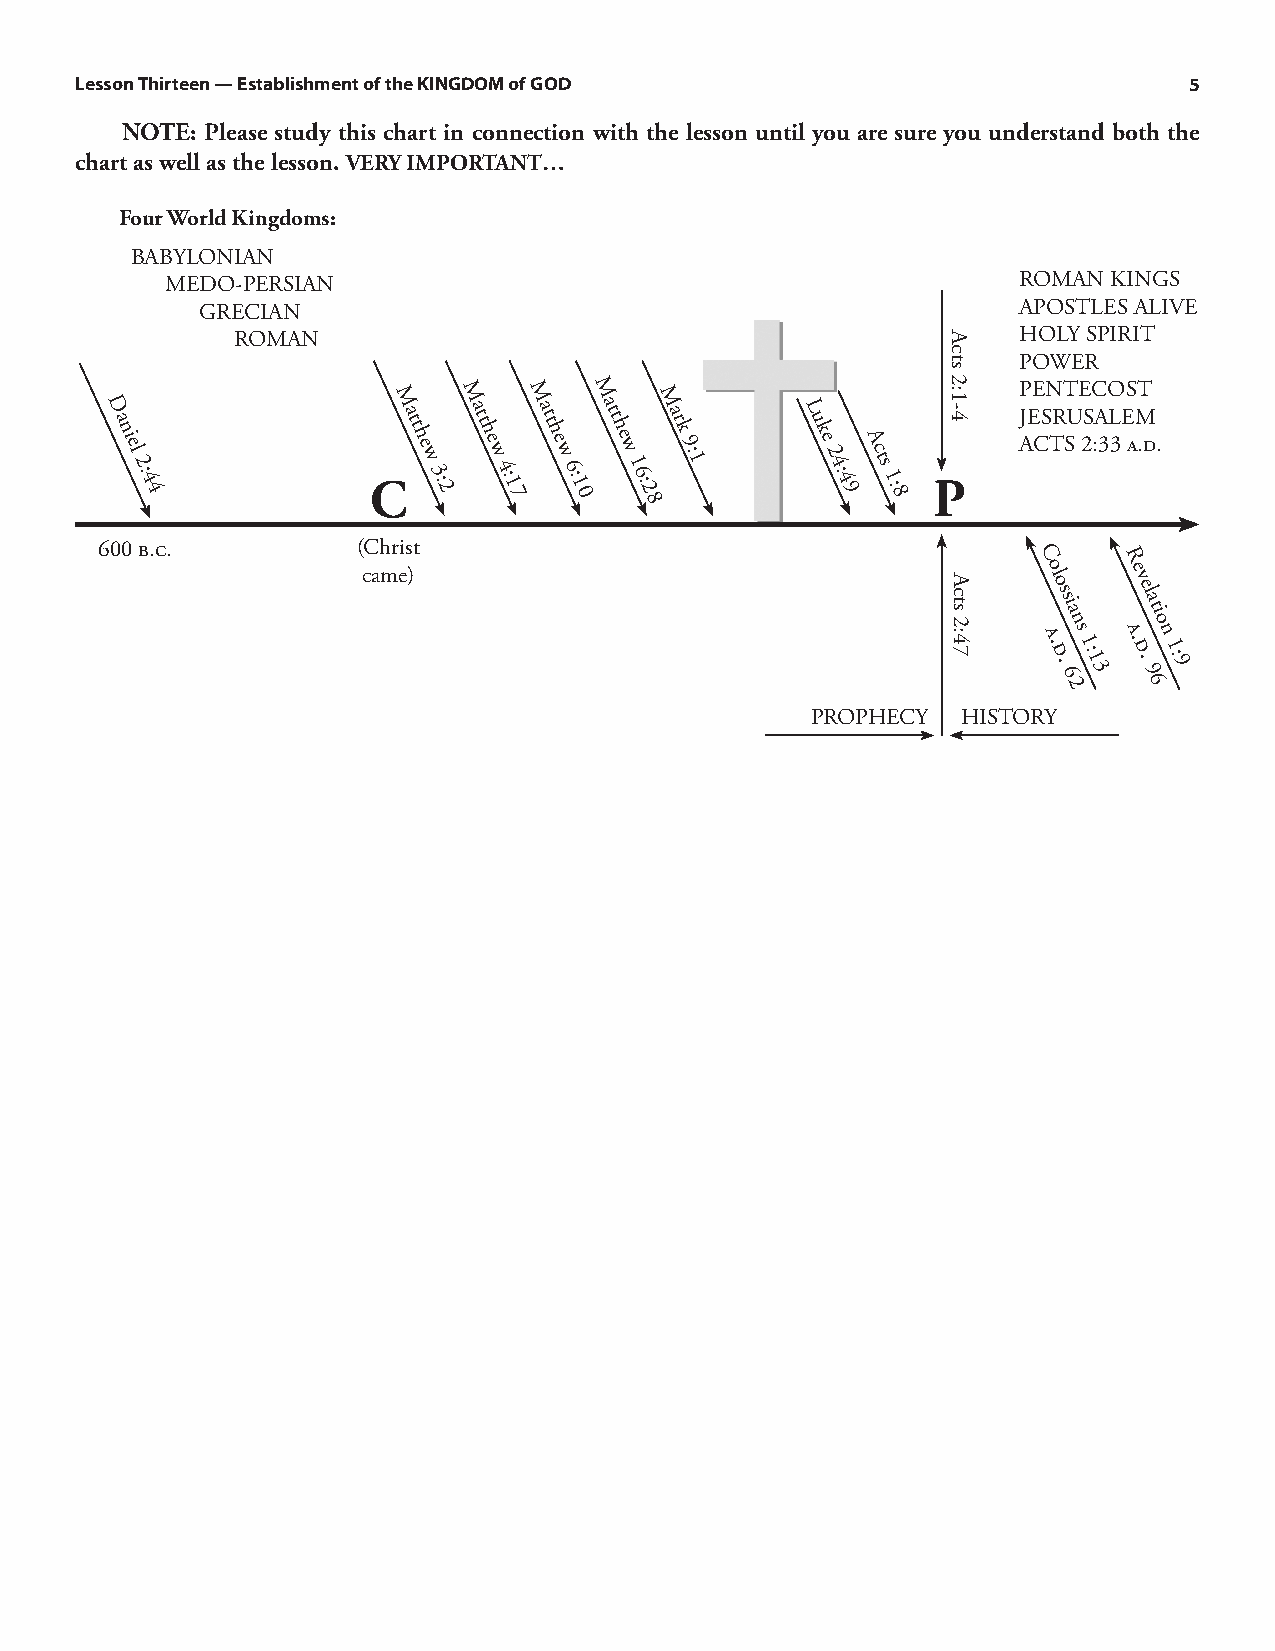
Lesson Thirteen — Establishment of the KINGDOM of GOD                     5
 NOTE: Please study this chart in connection with the lesson until you are sure you understand both the
 chart as well as the lesson. VERY IMPORTANT…
 Four World Kingdoms:
 BABYLONIAN
 MEDO-PERSIAN                                            ROMAN  KINGS
 GRECIAN                                               APOSTLES ALIVE
 ROMAN                                               HOLY SPIRIT
 POWER
 M   M    M   M   M                       PENTECOST
 D a n i el 2 : 4 4 Ca t t h e w 3 : 2 a t t h e w 4 : 1 7a t t h e w 6 : 1 0a t t h e w 1 6 : 2 8a r k 9 : 1 L u k e 2 4 : 4 9A c t s 1 : 8 P J AE CS TR SU 2S :A 3L 3 E aM .d.
 600 b.c.          (Christ
 C     R
 came)                                        ol o s
 si
 a
 e v el
 a
 ti
 n     o
 a.
 d .
 6s
 1 : 1
 3
 a.
 d .
 9n
 1 : 9
 2     6
 PROPHECY  HISTORY
 Acts
 2:1-4
 Acts
 2:47